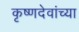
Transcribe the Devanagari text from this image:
कृष्णदेवांच्या